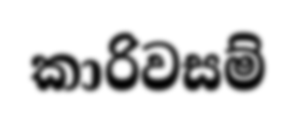
කාරිවසම්